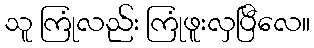
သူ ကြုံလည်း ကြုံဖူးလှပြီလေ။